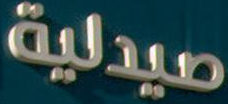
صيدلية